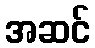
အဆင်